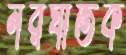
নরঘাতক